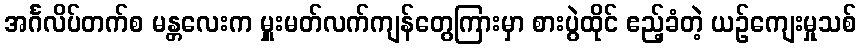
အင်္ဂလိပ်တက်စ မန္တလေးက မှူးမတ်လက်ကျန်တွေကြားမှာ စားပွဲထိုင် ဧည့်ခံတဲ့ ယဉ်ကျေးမှုသစ်